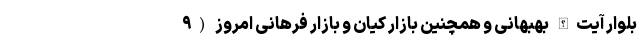
بلوار آیت‌الله بهبهانی و همچنین بازار کیان و بازار فرهانی امروز (۹